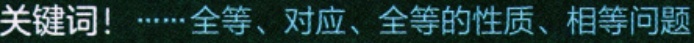
关键词！……全等、对应、全等的性质、相等问题